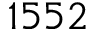
1 5 5 2